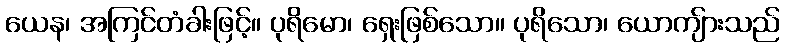
ယေန၊ အကြင်တံခါးဖြင့်။ ပုရိမော၊ ရှေးဖြစ်သော။ ပုရိသော၊ ယောကျ်ားသည်